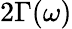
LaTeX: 2\Gamma(\omega)